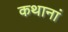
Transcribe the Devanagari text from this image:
कथानां